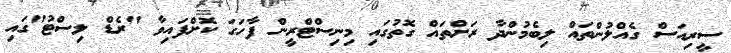
ސީރިއަސް ގެއްލުންތައް ލިބެމުންދާ ރަށްތައް ގޮތުގައި މިނިސްޓްރީން ފާހަގަ ކޮށްފައިވާ "ރެޑް ލިސްޓު"ގައި